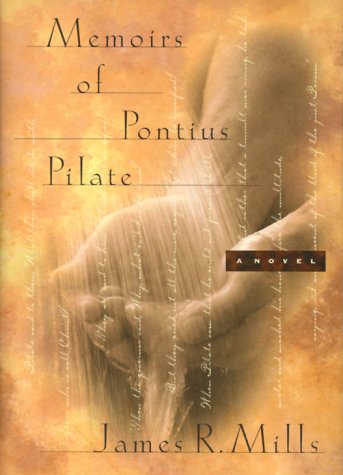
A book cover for Memoirs of Pontius Pilate; James R. Mills; Christian Books & Bibles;